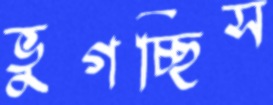
ভুগচ্ছিস